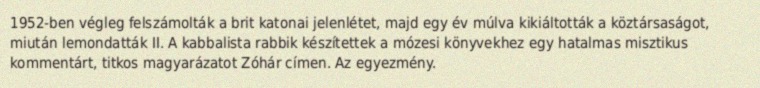
1952-ben végleg felszámolták a brit katonai jelenlétet, majd egy év múlva kikiáltották a köztársaságot, miután lemondatták II. A kabbalista rabbik készítettek a mózesi könyvekhez egy hatalmas misztikus kommentárt, titkos magyarázatot Zóhár címen. Az egyezmény.